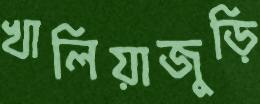
খালিয়াজুড়ি